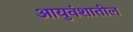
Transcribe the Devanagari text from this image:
आयुवंशातील